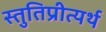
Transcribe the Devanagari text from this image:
स्तुतिप्रीत्यर्थ